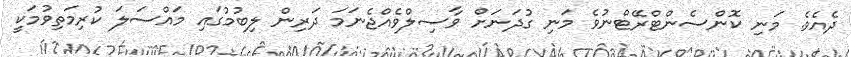
ދެއެވެ. މަނި ކޮންސެންޓްރޭޓްނުވެ މަނި ގުދަނަށް ވާޞިލްވެއްޖެނަމަ ދަރިން ލިބުމުގައި މައްސަލަ ކުރިމަތިވުމަކީ